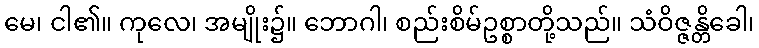
မေ၊ ငါ၏။ ကုလေ၊ အမျိုး၌။ ဘောဂါ၊ စည်းစိမ်ဥစ္စာတို့သည်။ သံဝိဇ္ဇန္တိခေါ၊